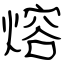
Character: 熔